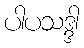
ပါပသဒ္ဒါ